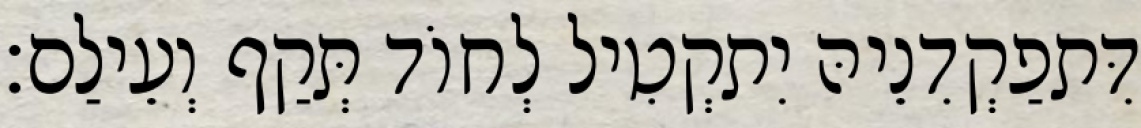
דִּתפַקְדִנֵיהּ יִתקְטִיל לְחוֹד תְּקַף וְעֵילַם׃